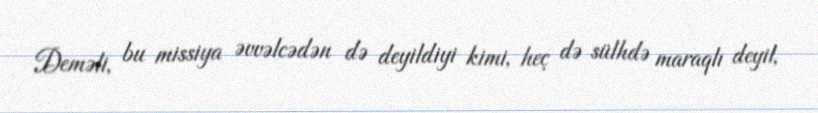
Deməli, bu missiya əvvəlcədən də deyildiyi kimi, heç də sülhdə maraqlı deyil,